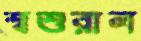
শ্বশুরাল